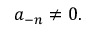
a _ { - n } \neq 0 .